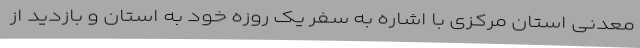
معدنی استان مرکزی با اشاره به سفر یک روزه خود به استان و بازدید از